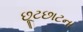
છૂટછાટના